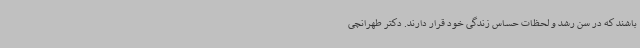
باشند که در سن رشد و لحظات حساس زندگی خود قرار دارند. دکتر طهرانچی